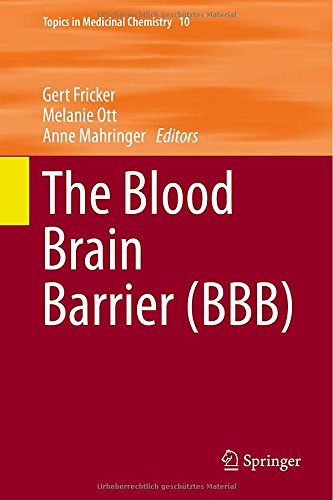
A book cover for The Blood Brain Barrier (BBB) (Topics in Medicinal Chemistry); Science & Math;